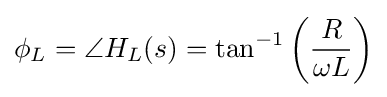
\phi _{L}=\angle H_{L}(s)=\tan ^{-1}\left({\frac {R}{\omega L}}\right)